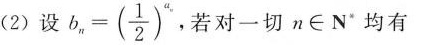
(2)设$$b _ { n } = ( \frac { 1 } { 2 } ) ^ { a _ { n } }$$，若对一切n\in N^{*}均有